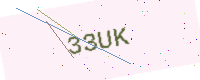
Text: 33UK